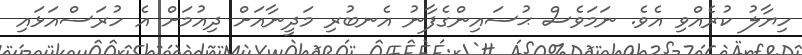
ހިޔާލު ކުރެއްވި އެވެ. ނަމަވެސް ޙުސައިންގެފާނު އެނބުރި މަދީނާއަށް ދިއުމަށް އެ ހުރަސްއަޅައި